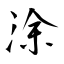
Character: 涂